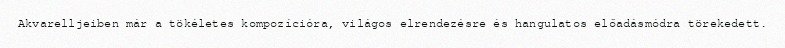
Akvarelljeiben már a tökéletes kompozícióra, világos elrendezésre és hangulatos előadásmódra törekedett.